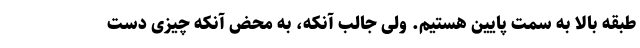
طبقه بالا به سمت پایین هستیم. ولی جالب آنکه، به محض آنکه چیزی دست